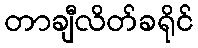
တာချီလိတ်ခရိုင်